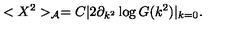
< X ^ { 2 } > _ { \cal { A } } = C | 2 \partial _ { k ^ { 2 } } \log G ( k ^ { 2 } ) | _ { k = 0 } .